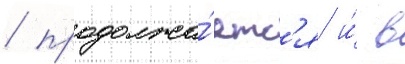
/ продолжа́етс'я и́ в